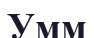
Умм